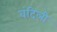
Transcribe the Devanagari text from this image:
वंदिली